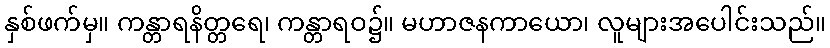
နှစ်ဖက်မှ။ ကန္တာရနိတ္တရေ၊ ကန္တာရဝ၌။ မဟာဇနကာယော၊ လူများအပေါင်းသည်။